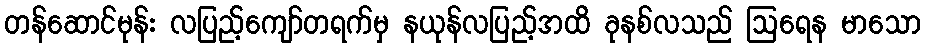
တန်ဆောင်မုန်း လပြည့်ကျော်တရက်မှ နယုန်လပြည့်အထိ ခုနစ်လသည် ဩရေန မာသော